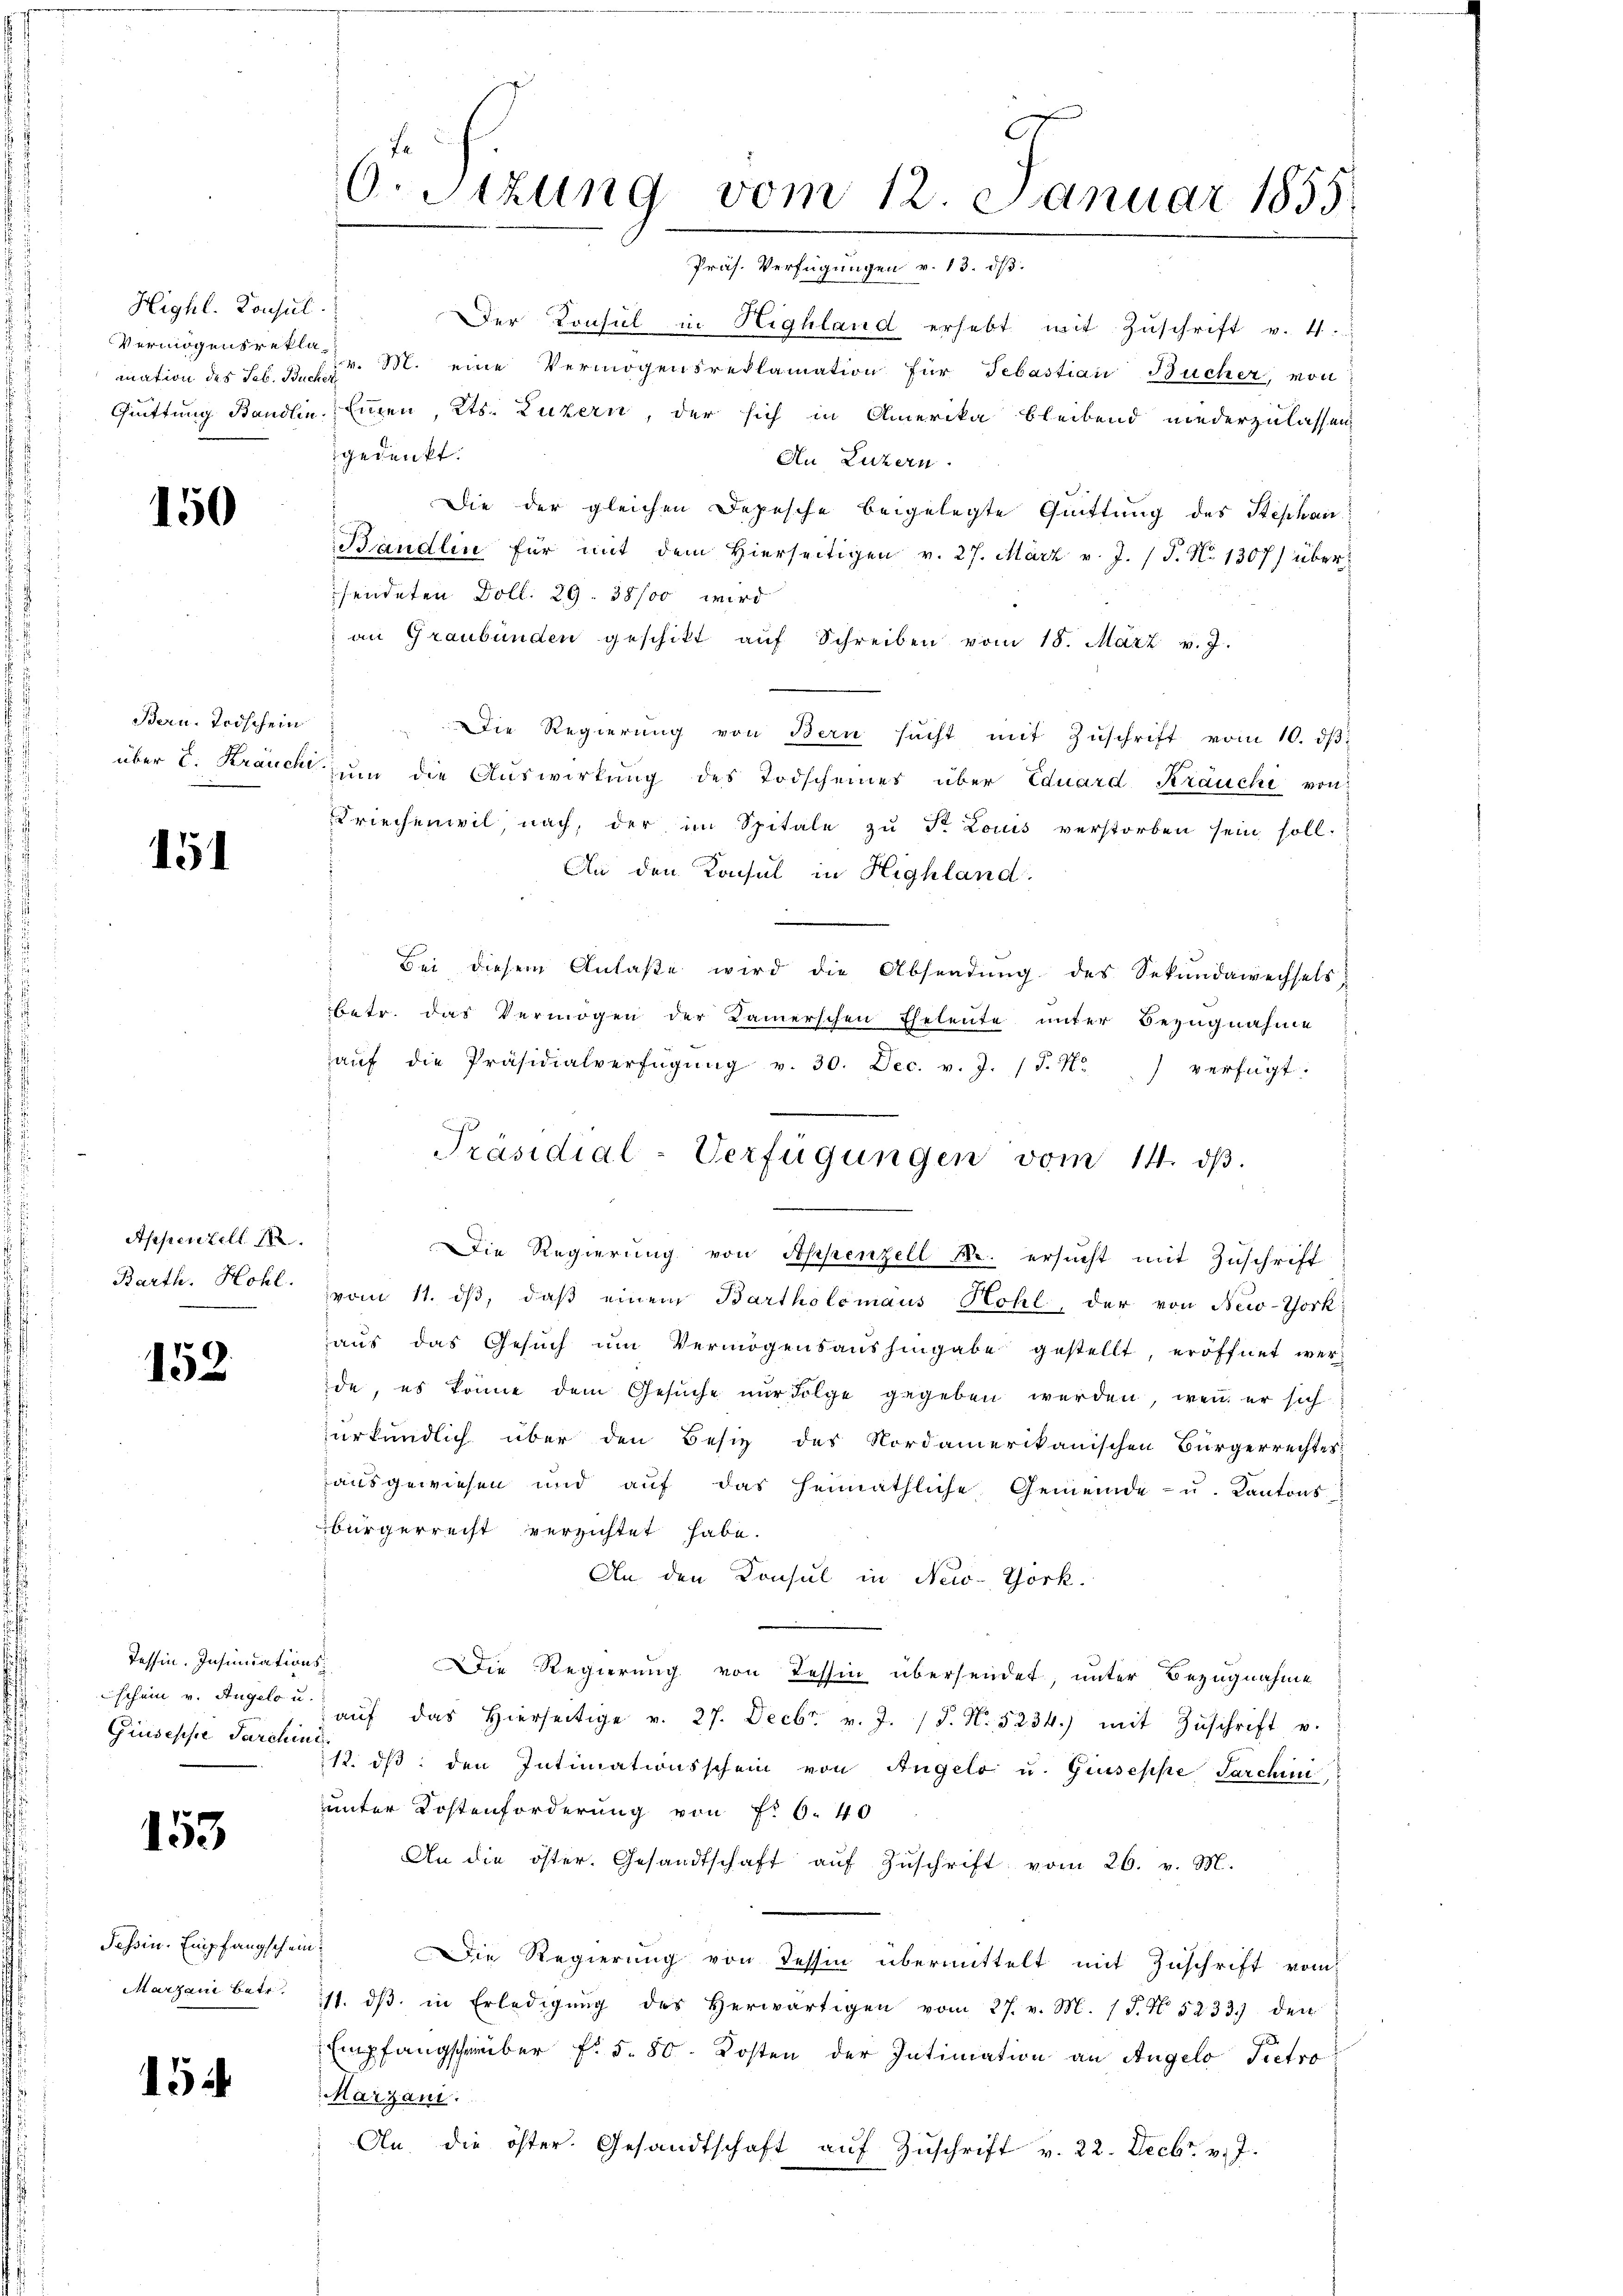
Highl. Consul
mation des Seb. Bucher

150

Bern. Todschein

151

Appenzell 14.

152

Tessin. Insinuationsschein v. Angelo u.
Giuseppe Parchini

153

Tessin. Empfangschein¬
Marzani betr.

154

Der Konsul in Highland erhebt mit Zuschrift v. 4.
Vermögensrektor M. eine Vermögensreklamation für Sebastian Bücher, von
Quittung Ständlin. Einen, Kts. Luzern, der sich in Amerika bleibend niederzulassen
gedenkt.
An Luzern.
Die der gleichen Depesche beigelegte Quittung des Stephan
Bändlin für mit dem hierseitigen v. 27. März v. J. J. N. 1307) über
sendeten Doll. 29. 38/00 wird
an Graubünden geschikt aŭf Schreiben vom 18. März v. J.
Die Regierung von Bern sucht mit Zŭschrift vom 10. dβ.
über E. Krauch zum die Auswirkung des Todscheines über Eduard Kräuchi von
Driechenwil, nach, der im Spitale zu Dr. Louis verstorben sein soll.
An den Konsul in Highland
Bei diesem Anlaße wird die Absendung des Sekundawechsels
betr. das Vermögen der Kamerschen Eheleute unter Bezugnahme
aŭf die Präsidialverfügŭng v. 30. Dec. v. J. (T. N. ) verfügt:
Die Regierung von Appenzell M. ersucht mit Zuschrift
Barth. Hohl vom 11. dβ, daß einem Bartholomäus Hohl, der von New-York
aus das Gesuch um Vermögensaushingabe gestellt, eröffnet werde, es könne dem Gesŭche nŭr Folge gegeben werden, wenn er sich
zurkundlich über den Besitz des Nordamerikanischen Bürgerrechtes
ausgewiesen und auf das heimathliche Gemeinde- u. Kantons
bürgerrecht verzichtet habe.
An den Konsul in New-York
Die Regierung von Tessin übersendet, unter Bezugnahme
aŭf das hierseitige v. 27. Decbr. v. J. J. N. 5234.) mit Zŭschrift u.
12. dβ den Intimationsschein von Angelo u. Giuseppe Parchini
unter Kostenforderung von Fr. 6. 40
An die öster. Gesandtschaft aŭf Zŭschrift vom 26. v. M.
Die Regierung von dessin übermittelt mit Zuschrift vom
11. dβ in Erledigŭng des herwärtigen vom 27. v. M. (T. N. 5233 den
Empfangschrauber fr. 5. 80. Kosten der Intimation an Angelo Pietro
Marzani.
An die öster. Gesandtschaft aŭf Zŭschrift v. 22. Decbr. v. J.

O Sizung vom 12. Januar 1855.
Präs. Verfügungen v. 13. d.

Präsidial-Verfügungen vom 14. dβ.